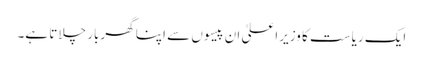
ایک ریاست کا وزیراعلیٰ ان پیسوں سے اپنا گھربار چلاتا ہے۔